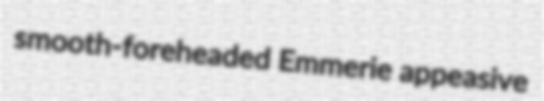
smooth-foreheaded Emmerie appeasive